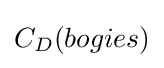
C_{D}(bogies)